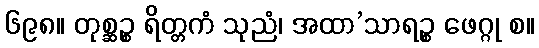
၆၉၈။ တုစ္ဆဉ္စ ရိတ္တကံ သုညံ၊ အထာ’သာရဉ္စ ဖေဂ္ဂု စ။